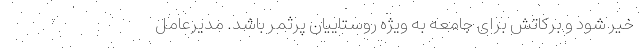
خیر شود و برکاتش برای جامعه به ویژه روستاییان پرثمر باشد. مدیرعامل